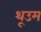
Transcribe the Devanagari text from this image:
थूउम